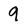
Character: 9